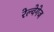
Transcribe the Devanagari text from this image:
रेल्वेगेज